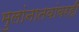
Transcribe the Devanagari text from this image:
मुलांनातवांवरही